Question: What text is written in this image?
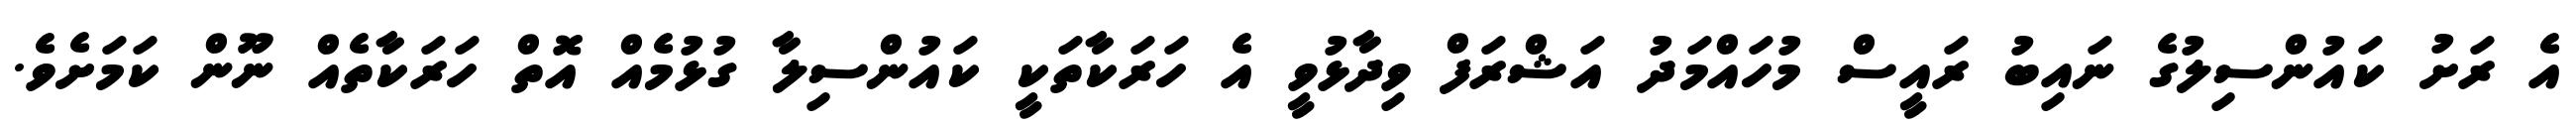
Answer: އެ ރަށު ކައުންސިލުގެ ނައިބު ރައީސް މުހައްމަދު އަޝްރަފް ވިދާޅުވީ އެ ހަރަކާތަކީ ކައުންސިލާ ގުޅުމެއް އޮތް ހަރަކާތެއް ނޫން ކަމަށެވެ.